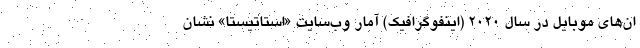
ان‌های موبایل در سال ۲۰۲۰ (اینفوگرافیک) آمار وب‌سایت «استاتیستا» نشان